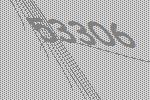
53306